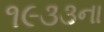
૧૯૩૩ના